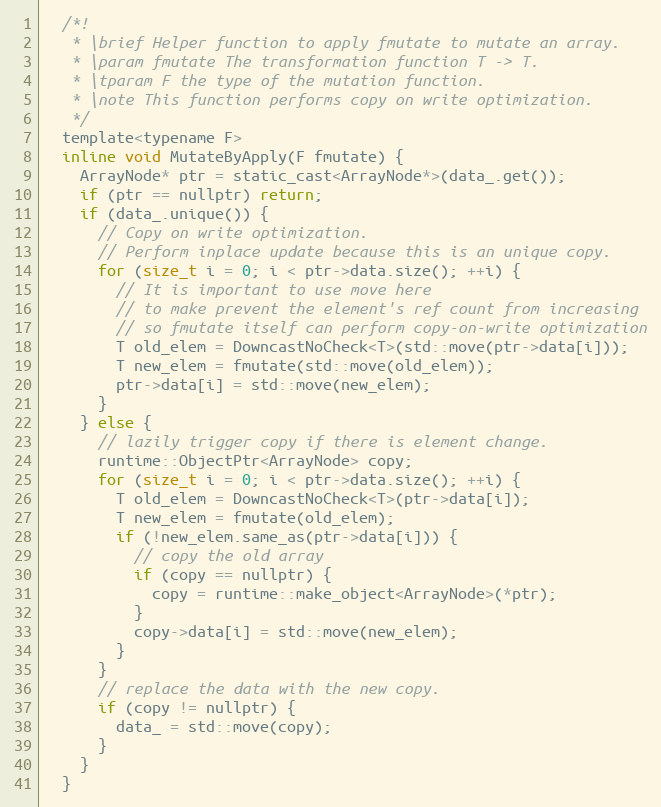
Language: C
  /*!
   * \brief Helper function to apply fmutate to mutate an array.
   * \param fmutate The transformation function T -> T.
   * \tparam F the type of the mutation function.
   * \note This function performs copy on write optimization.
   */
  template<typename F>
  inline void MutateByApply(F fmutate) {
    ArrayNode* ptr = static_cast<ArrayNode*>(data_.get());
    if (ptr == nullptr) return;
    if (data_.unique()) {
      // Copy on write optimization.
      // Perform inplace update because this is an unique copy.
      for (size_t i = 0; i < ptr->data.size(); ++i) {
        // It is important to use move here
        // to make prevent the element's ref count from increasing
        // so fmutate itself can perform copy-on-write optimization
        T old_elem = DowncastNoCheck<T>(std::move(ptr->data[i]));
        T new_elem = fmutate(std::move(old_elem));
        ptr->data[i] = std::move(new_elem);
      }
    } else {
      // lazily trigger copy if there is element change.
      runtime::ObjectPtr<ArrayNode> copy;
      for (size_t i = 0; i < ptr->data.size(); ++i) {
        T old_elem = DowncastNoCheck<T>(ptr->data[i]);
        T new_elem = fmutate(old_elem);
        if (!new_elem.same_as(ptr->data[i])) {
          // copy the old array
          if (copy == nullptr) {
            copy = runtime::make_object<ArrayNode>(*ptr);
          }
          copy->data[i] = std::move(new_elem);
        }
      }
      // replace the data with the new copy.
      if (copy != nullptr) {
        data_ = std::move(copy);
      }
    }
  }